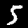
Label: 5